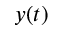
y ( t )